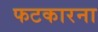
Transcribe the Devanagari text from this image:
फटकारना